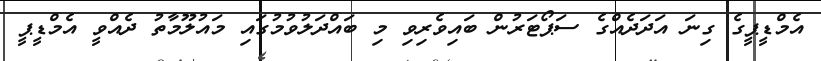
އެމްޑީޕީގެ ގިނަ އަދަދެއްގެ ސަޕޯޓަރުން ބައިވެރިވި މި ބައްދަލުވުމުގައި މައުލޫމާތު ދެއްވީ އެމްޑީޕީ